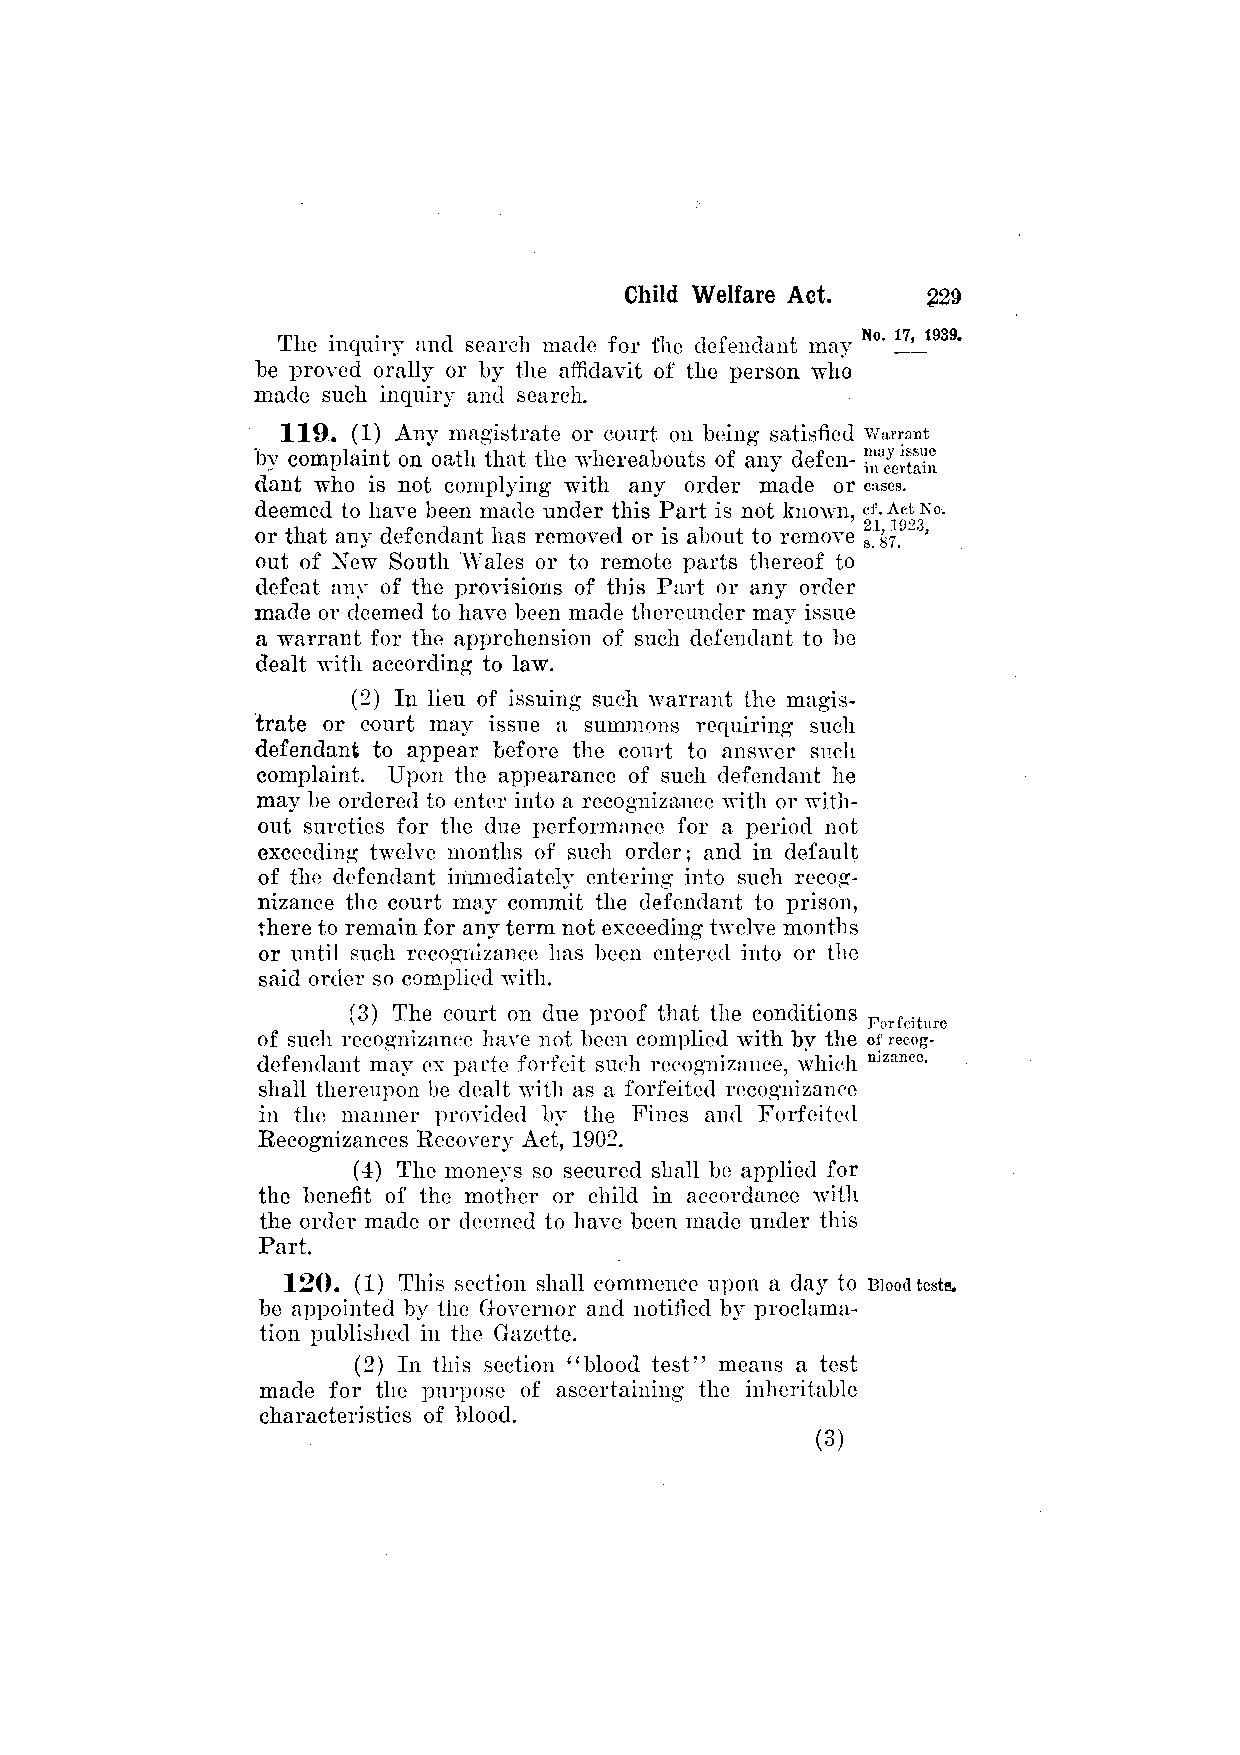
The inquiry and search made for the defendant may
 he proved orally or by the affidavit of the person who
 made such inquiry and search.
 119. (1) Any magistrate or court on being satisfied
 by complaint on oath that the whereabouts of any defen­
 dant who is not complying with any order made or
 deemed to have been made under this Part is not known,
 or that any defendant has removed or is about to remove
 out of New South Wales or to remote parts thereof to
 defeat any of the provisions of this Part or any order
 made or deemed to have been made thereunder may issue
 a warrant for the apprehension of such defendant to be
 dealt with according to law.
 (2) In lieu of issuing such warrant the magis­
 trate or court may issue a summons requiring such
 defendant to appear before the court to answer such
 complaint. Upon the appearance of such defendant he
 may be ordered to enter into a recognizance with or with­
 out sureties for the due performance for a period not
 exceeding twelve months of such order; and in default
 of the defendant immediately entering into such recog­
 nizance the court may commit the defendant to prison,
 there to remain for any term not exceeding twelve months
 or until such recognizance has been entered into or the
 said order so complied with.
 (3) The court on due proof that the conditions
 of such recognizance have not been complied with by the
 defendant may ex parte forfeit such recognizance, which
 shall thereupon be dealt with as a forfeited recognizance
 in the manner provided by the Fines and Forfeited
 Recognizances Recovery Act, 1902.
 (4) The moneys so secured shall be applied for
 the benefit of the mother or child in accordance with
 the order made or deemed to have been made under this
 Part.
 120. (1) This section shall commence upon a day to
 be appointed by the Governor and notified by proclama­
 tion published in the Gazette.
 (2) In this section "blood test" means a test
 made for the purpose of ascertaining the inheritable
 characteristics of blood.
 (3)